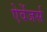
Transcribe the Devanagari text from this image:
ऐवेंजर्स